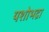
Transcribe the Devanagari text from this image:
यशोभद्रा